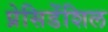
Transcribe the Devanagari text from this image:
प्रेसिडेंशिल